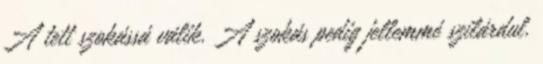
A tett szokássá válik. A szokás pedig jellemmé szilárdul.